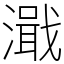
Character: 濈